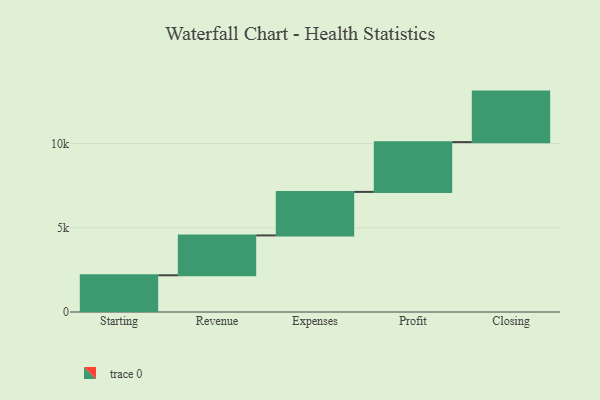
{"axis": {"x": "Step", "y": "Value"}, "legend": [""], "data": [{"x": "Starting", "y": 2180.0, "type": ""}, {"x": "Revenue", "y": 2367.0, "type": ""}, {"x": "Expenses", "y": 2583.0, "type": ""}, {"x": "Profit", "y": 2955.0, "type": ""}, {"x": "Closing", "y": 3000, "type": ""}]}